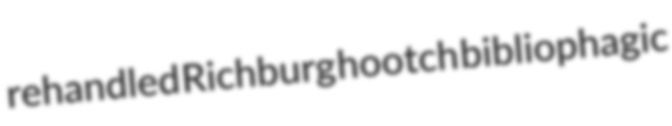
rehandled Richburg hootch bibliophagic